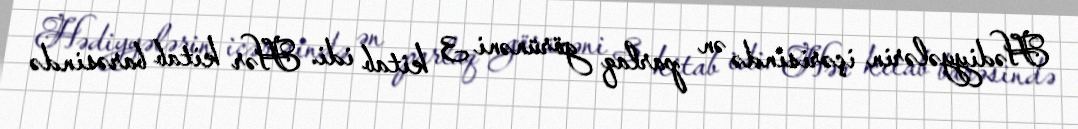
Hədiyyələrin içərisində ən parlaq görünəni 3 kitab idi. Hər kitab barəsində